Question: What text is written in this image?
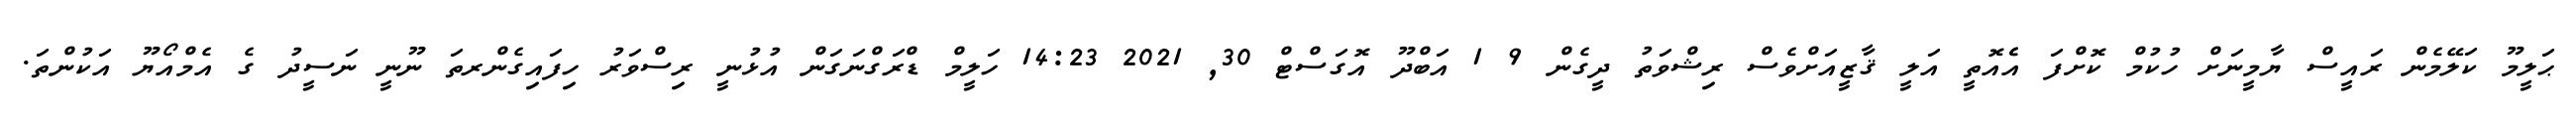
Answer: ޙަލީމޫ ކަލޭމެން ރައީސް ޔާމީނަށް ހުކުމް ކޮށްފަ އެެއޮތީ އަލީ ޤާޒީއަށްވެސް ރިޝްވަތު ދީގެން 9 1 އަބްދޫ އޮގަސްޓް 30, 2021 14:23 ހަލީމް ޑްރަގްނަގަން އުޅުނީ ރިސްވަރު ހިފައިގެންރތަ ނޫނީ ނަސީދު ގެ އެމްއޯޔޫ އަކުންތަ.